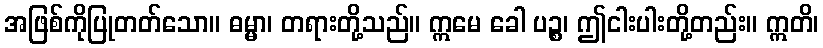
အဖြစ်ကိုပြုတတ်သော။ ဓမ္မာ၊ တရားတို့သည်။ ဣမေ ခေါ ပဉ္စ၊ ဤငါးပါးတို့တည်း။ ဣတိ၊